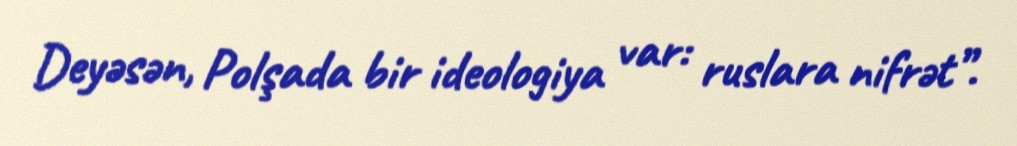
Deyəsən, Polşada bir ideologiya var: ruslara nifrət”.